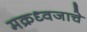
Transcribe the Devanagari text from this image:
मक्रध्वजाचे